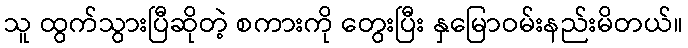
သူ ထွက်သွားပြီဆိုတဲ့ စကားကို တွေးပြီး နှမြောဝမ်းနည်းမိတယ်။